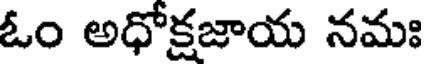
ఓం అధోక్షజాయ నమః